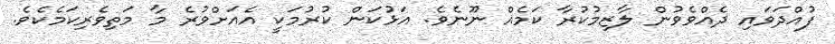
ފުއްދަވައި ދެއްވެވުން ލާޒިމުކުރާ ކަމެއް ނޫނެވެ. އަޅުކަން ކުރުމަކީ އެއަށްވުރެ މާ މަތިވެރިކަމެކެވެ.